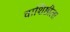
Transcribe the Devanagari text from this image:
वाशिष्ठीला